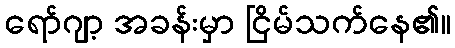
ရော်ဂျာ့ အခန်းမှာ ငြိမ်သက်နေ၏။